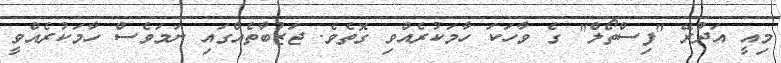
މިއީ އަދުރޭ "ފިސްތޯލް" ގެ ވާހަކަ ހާމަކުރެއްވި ގޮތެވެ. ޖަޒުބާތެއްގައި ނަމަވެސް ހާމަކުރެއްވީ